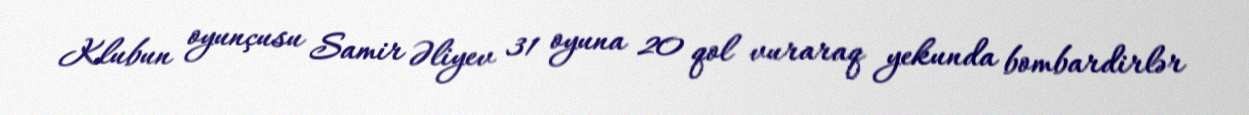
Klubun oyunçusu Samir Əliyev 31 oyuna 20 qol vuraraq yekunda bombardirlər